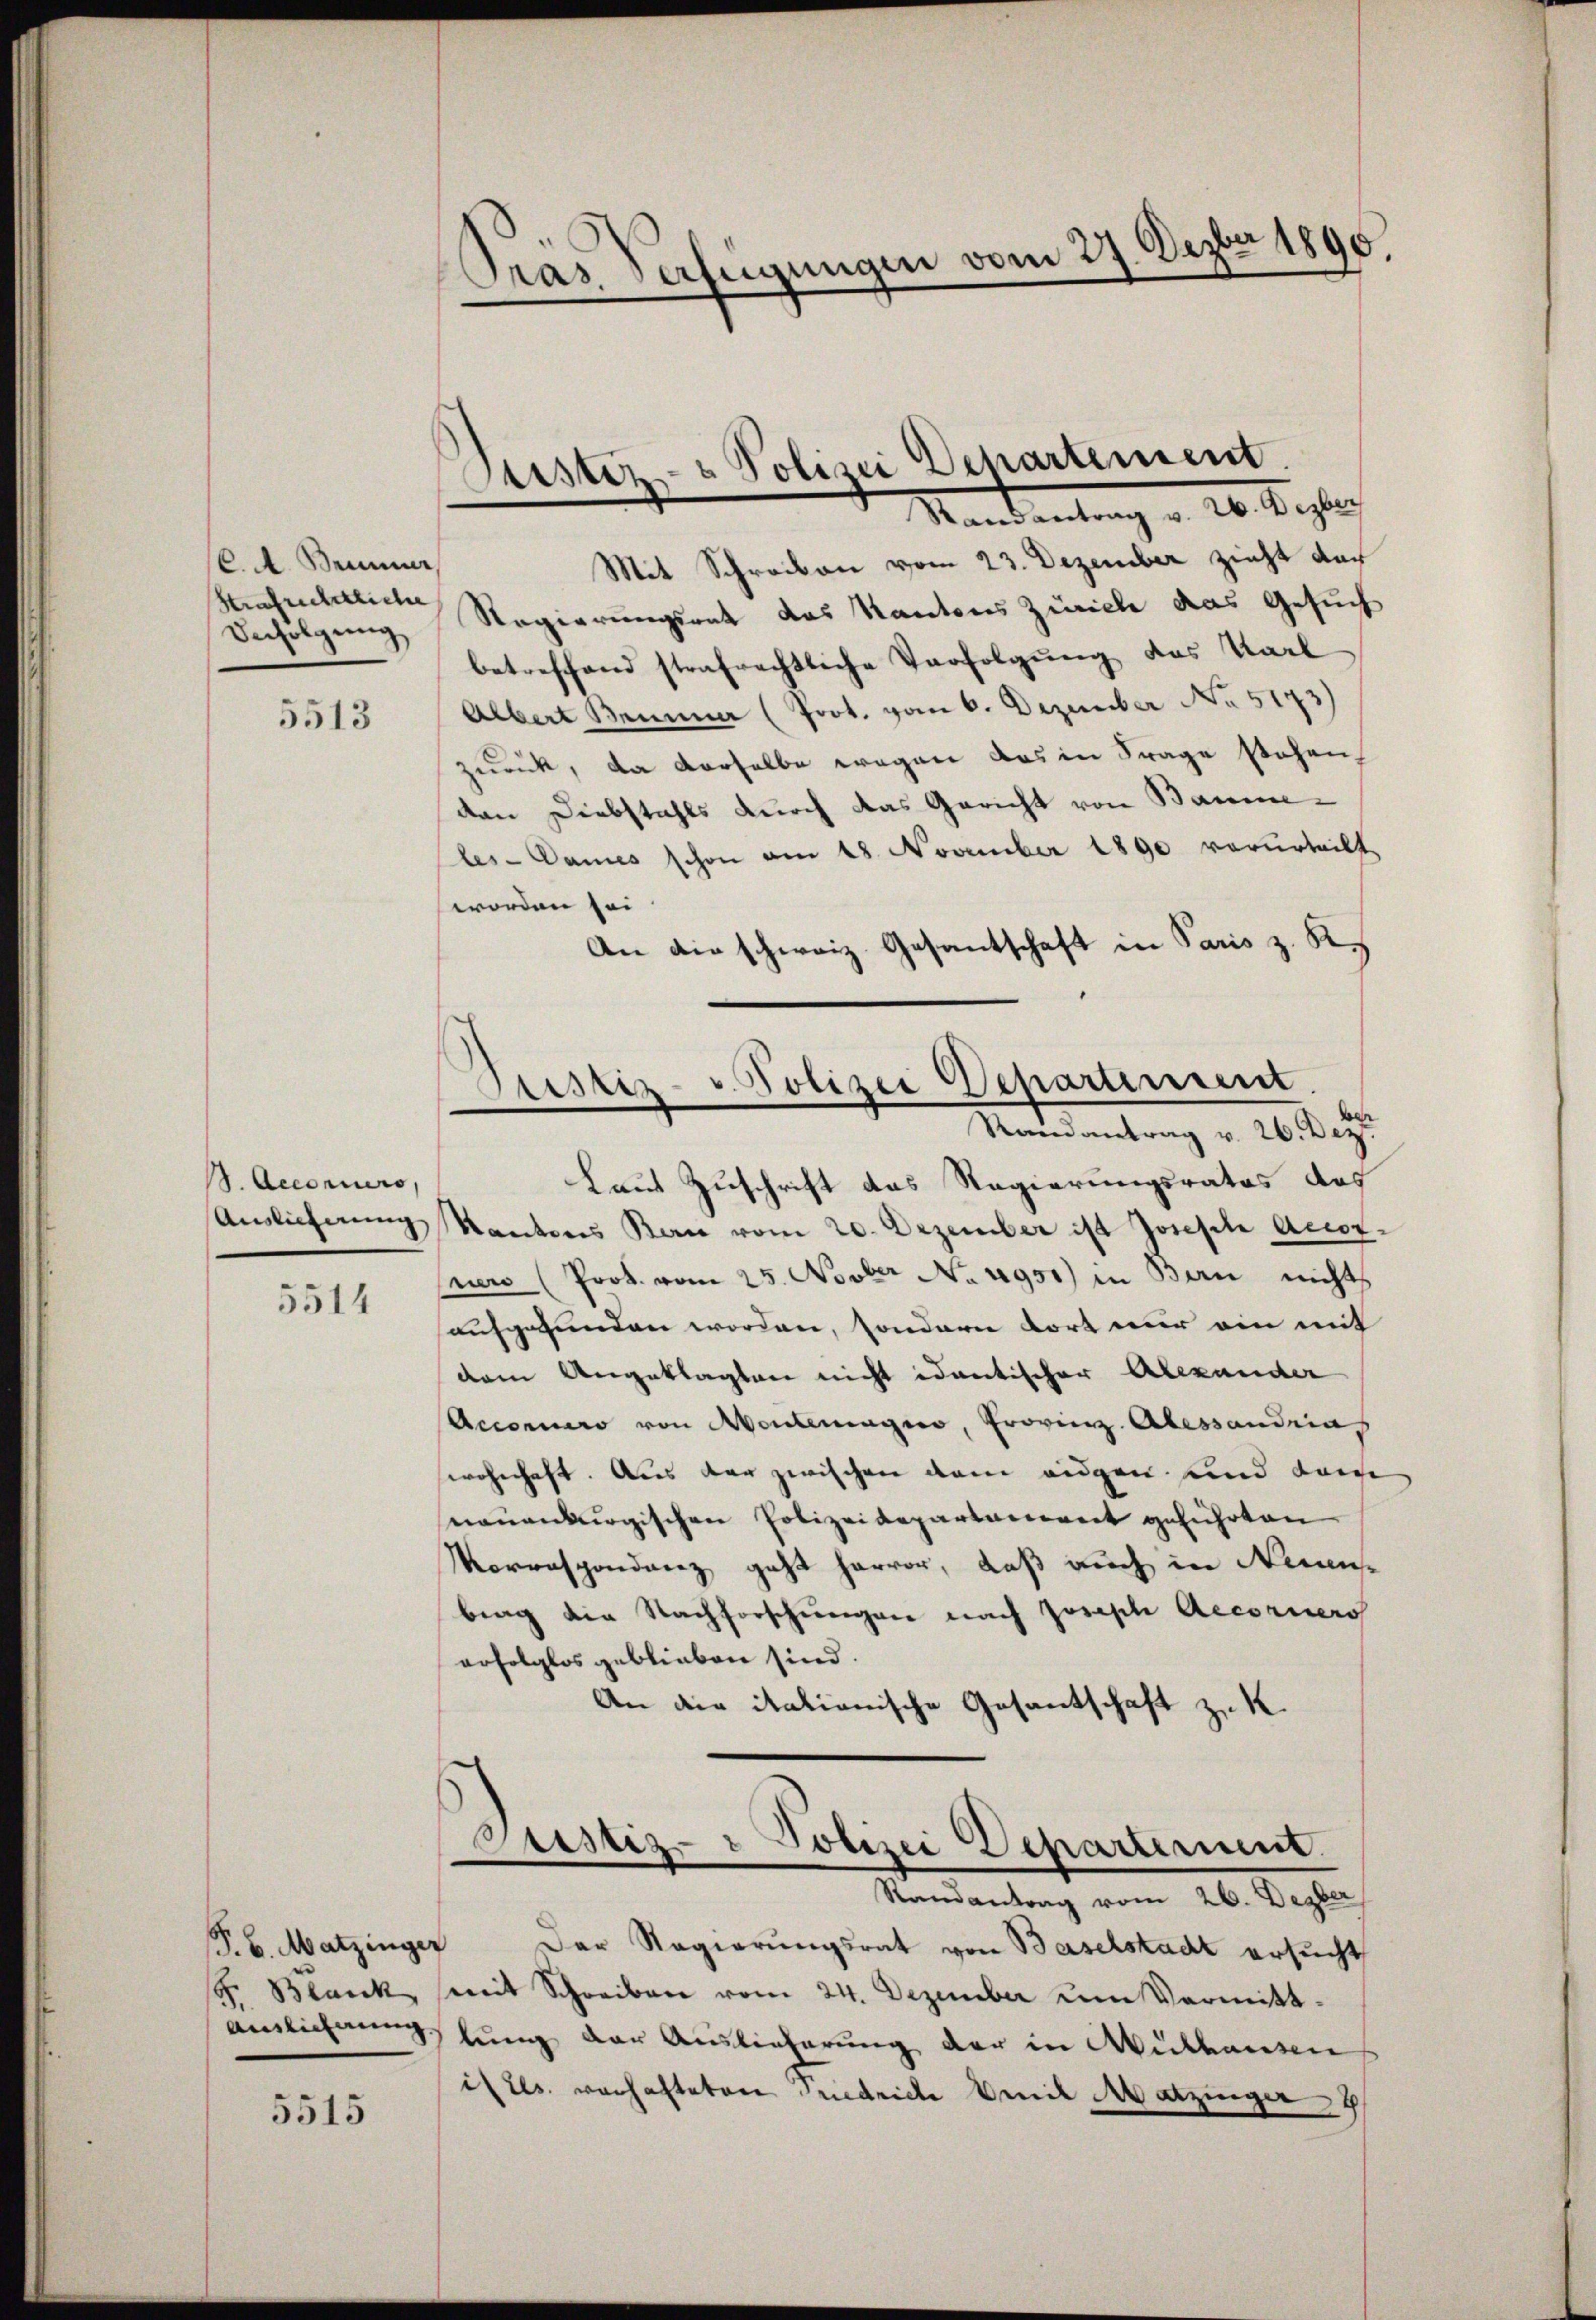
C. A. Berner,
Strafschliche
Befolgung

5513

S. Accoriers,
Auslicherung

5514

P. 6. Matzinger

5515

Pras Verfügungen vom 27. Dezbr 1890.

Justiz- & Polizei Departement.
Mandantung v. 160. 8. pag.

Mit Schreiben vom 23. Dezember zieht dar
Regierungsrat das Kantons Zürich das Gesuch
betreffend strafrechtliche Verfolgung des Karl
Albert Bemma (Prot. vom 6. Dezember No. 5173)
zurück, da derselbe wegen das in Frage stehen,
den Diebstahls durch das Gericht von Baume¬
Cles-Dames schon am 28. November 1890 verurteilt,
worden sei
An die schweiz. Gesantschaft in Paris z. K.
Laut Zuschrift das Regierungsrates das
Kantons Bern vom 20. Dezember ist Joseph Accorsner (Prok. vom 25. Novber No. 4951) in Bern nichts
aufgefunden worden, sondern dort nur ein mit
dem Angeklagten nicht identischer Alexander
Acconcero von Montenages, Provinz. Alessandria
wohnhaft. Aus der zwischen dem eidgen und dahe
nauenburgischen Polizeidepartanereit geführten
Vorrespondenz geht hervor, daß auch in Neuen
brag die Nachforschungen nach Joseph Accorners
erfolglos geblieben sind.
An die italionische Gesantschaft zu k
Justiz- & Polizei Departement.
.
Randantrag vom 26. Degber
Der Regierungsrat von Baselstadt ersucht,
S. Blank (mit Schreiben vom 24. Dezember um Vermitt-
Auslichung fung der Auslieferung der in Mülhausen
istes verhafteten Friedrich mit Matzinger

Polizei Departement
ustiz
Randantrag v. 26. Dez.